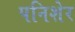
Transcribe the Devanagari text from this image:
पनिशेर